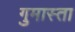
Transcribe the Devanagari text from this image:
गुमास्ता